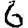
Digit: 6